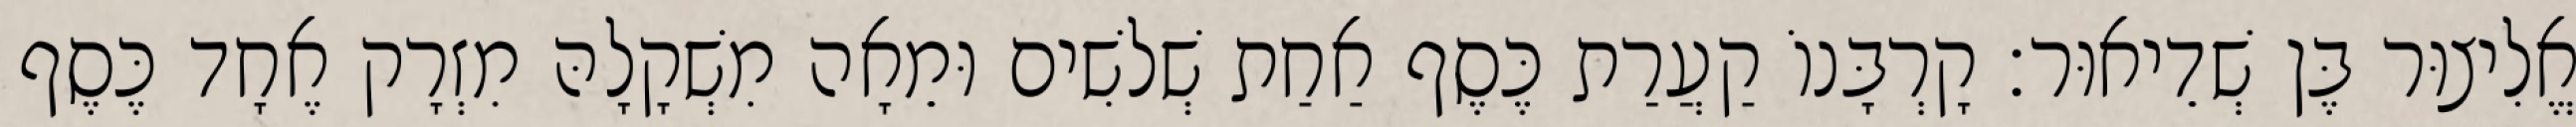
אֱלִיצוּר בֶּן שְׁדֵיאוּר׃ קָרְבָּנוֹ קַעֲרַת כֶּסֶף אַחַת שְׁלשִׁים וּמֵאָה מִשְׁקָלָהּ מִזְרָק אֶחָד כֶּסֶף